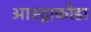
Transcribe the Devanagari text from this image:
आस्ट्राकोडा